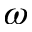
\omega